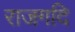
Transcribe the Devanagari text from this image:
राजगदि